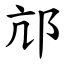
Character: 邟